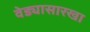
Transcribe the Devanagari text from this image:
वेड्यासारखा